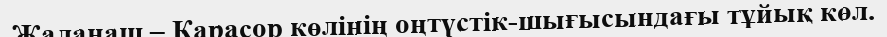
Жалаңаш – Қарасор көлінің оңтүстік-шығысындағы тұйық көл.